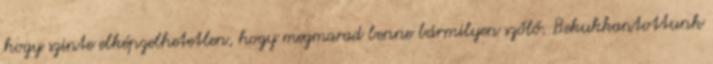
hogy szinte elképzelhetetlen, hogy megmarad benne bármilyen szőlő. Bekukkantottunk